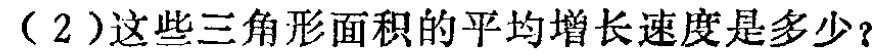
（2）这些三角形面积的平均增长速度是多少？